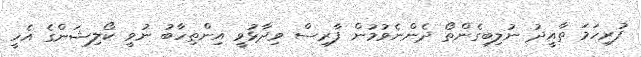
ފުރިހަމަ ތާއީދު ނުލިބިގެންތޯ ދެންނެވުމުން ފާރިސް ވިދާޅުވީ އިންތިހާބު ނުވީ ކޯލިޝަންގެ އެހީ